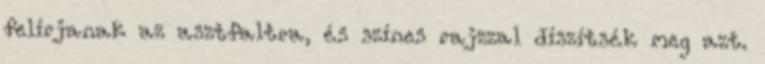
felírjanak az asztfaltra, és színes rajzzal díszítsék meg azt.